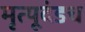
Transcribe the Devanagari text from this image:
मृत्यूदंडच